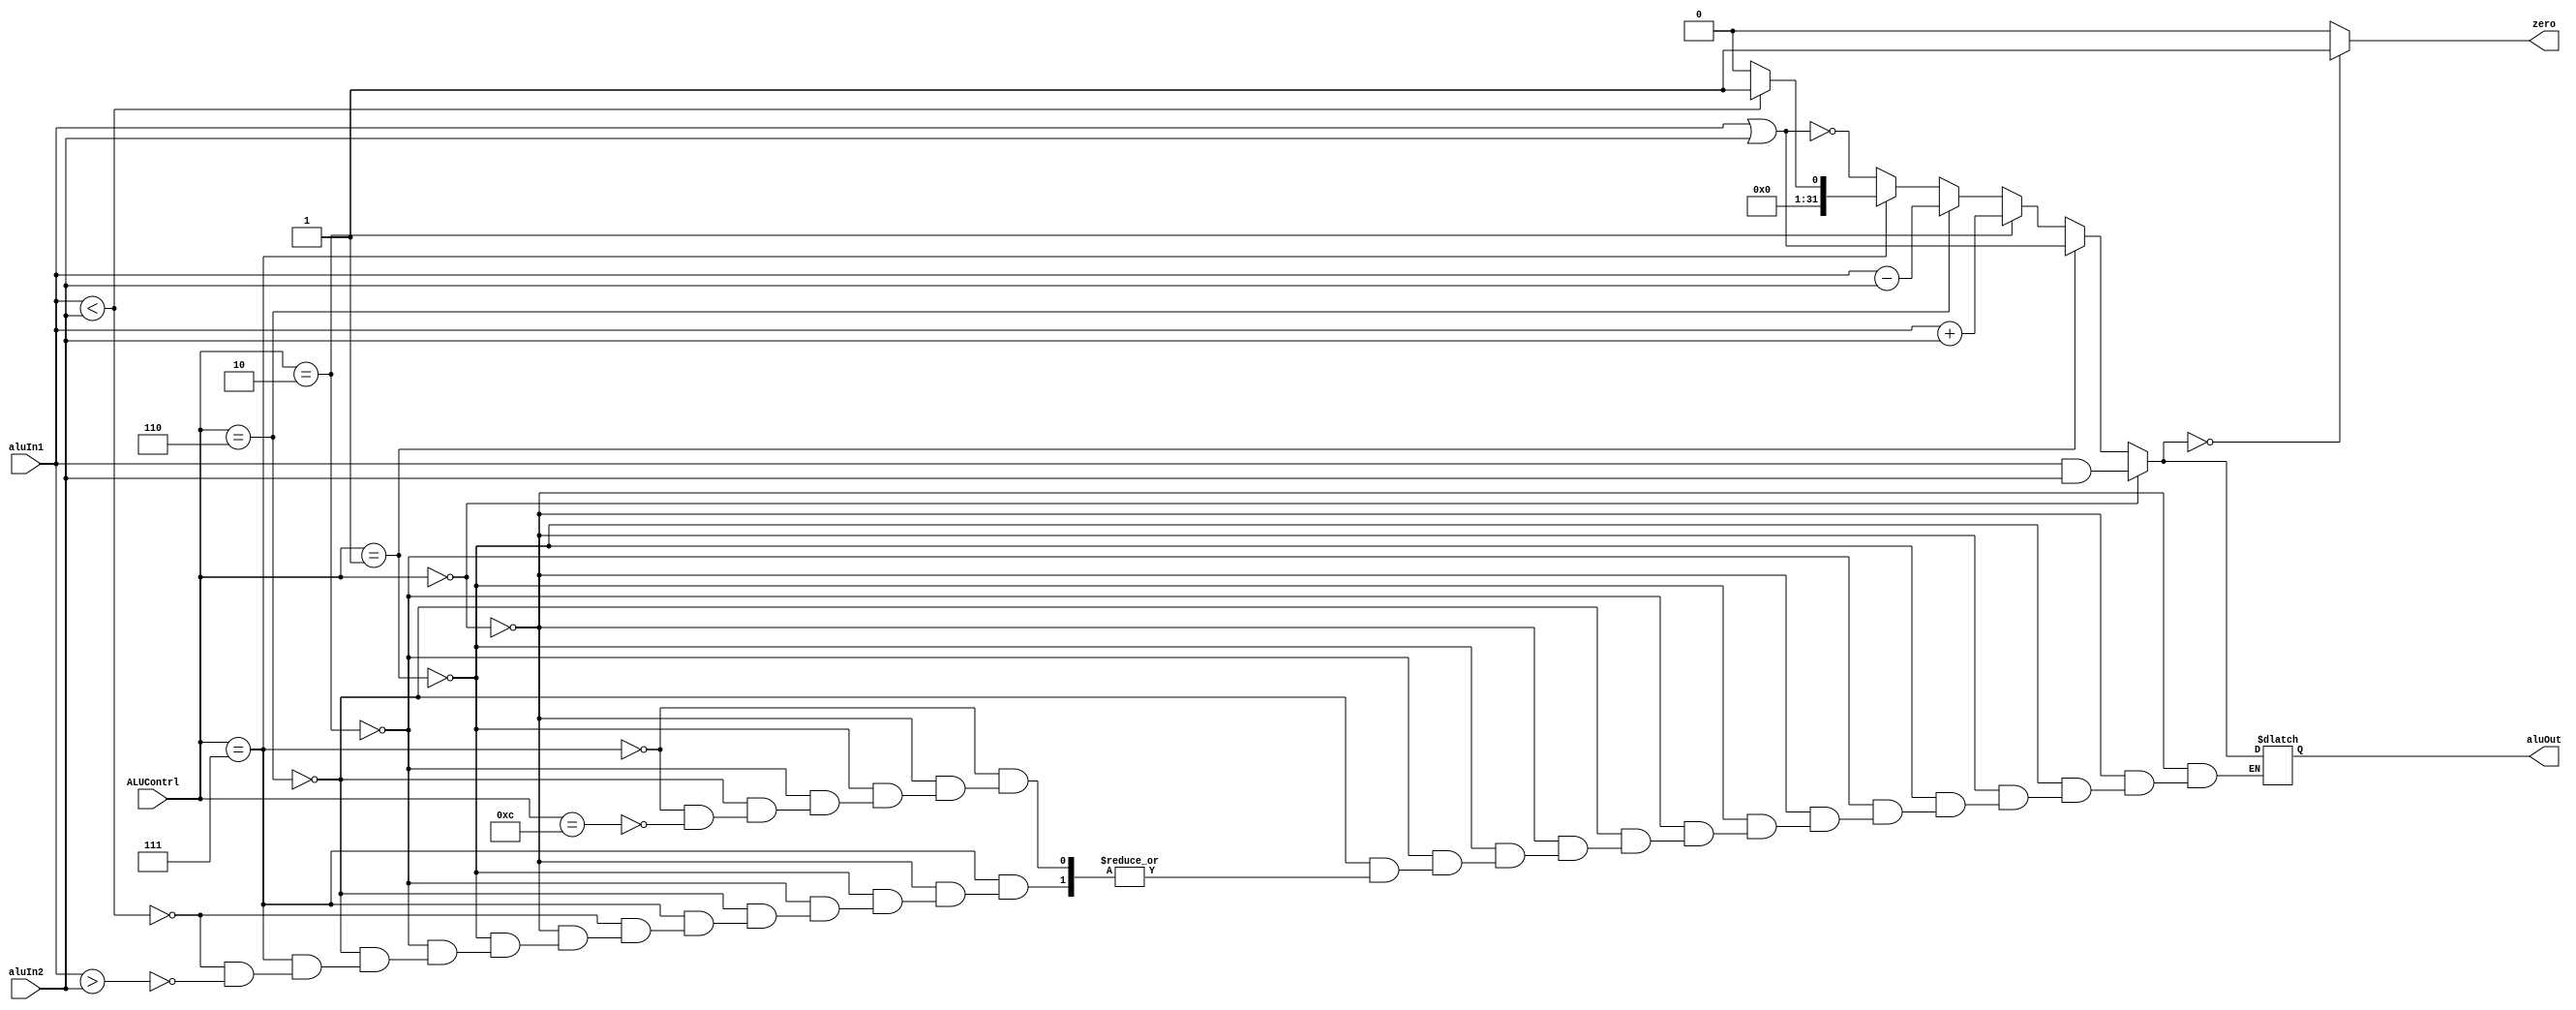
module alu(input [31:0] aluIn1, input [31:0] aluIn2,input [3:0]ALUContrl, output reg [31:0]aluOut, output reg zero);
    
    always @ (aluIn1, aluIn2, ALUContrl)
    begin
    if (ALUContrl==4'b0000) 
        aluOut = aluIn1 & aluIn2;
    else if (ALUContrl==4'b0001) 
        aluOut = aluIn1 | aluIn2;
    else if (ALUContrl==4'b0010) 
        aluOut = aluIn1 + aluIn2;
    else if (ALUContrl==4'b0110) 
        aluOut = aluIn1 - aluIn2;
        
    else if (ALUContrl==4'b0111) 
    begin
        if (aluIn1 < aluIn2)
        aluOut=32'd1;
        else if(aluIn1 > aluIn2)
        aluOut=32'd0;
    end
    else if (ALUContrl==4'b1100) 
        aluOut = ~(aluIn1 | aluIn2);

    if(aluOut==32'b0)
        zero=1'b1;
    else
        zero=1'b0;

    end
endmodule

module aluCtrl(input [1:0] aluOp, input [5:0] funct,output reg [3:0] ALUContrl);
    
    always @ (aluOp, funct)
    begin
        if(aluOp==2'b00)
            ALUContrl=4'b0010;
        else if (aluOp[0]==1'b1)
            ALUContrl=4'b0110;
        else
            begin
                if(funct[3:0] == 4'b0000)
                    ALUContrl=4'b0010;
                else if(funct[3:0] == 4'b0010)
                    ALUContrl=4'b0110;
                else if(funct[3:0] == 4'b0100)
                    ALUContrl=4'b0000;
                else if(funct[3:0] == 4'b0101)
                    ALUContrl=4'b0001;
                else if(funct[3:0] == 4'b1010)
                    ALUContrl=4'b0111;
            end
        
    end
endmodule